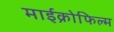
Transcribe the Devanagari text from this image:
माईक्रोफिल्म